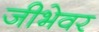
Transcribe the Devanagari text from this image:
जीभेवर